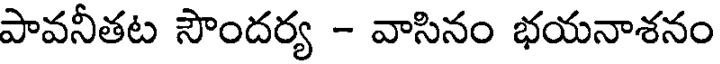
పావనీతట సౌందర్య - వాసినం భయనాశనం